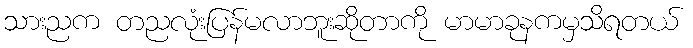
သားညက တညလုံးပြန်မလာဘူးဆိုတာကို မာမာခုနကမှသိရတယ်